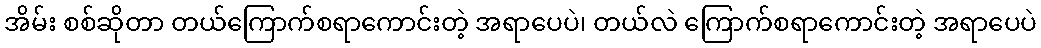
အိမ်း စစ်ဆိုတာ တယ်ကြောက်စရာကောင်းတဲ့ အရာပေပဲ၊ တယ်လဲ ကြောက်စရာကောင်းတဲ့ အရာပေပဲ